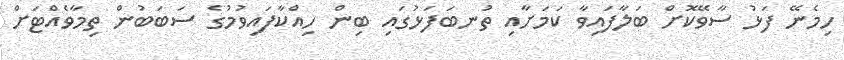
ހިމެނޭ ފަޅު ސާވޭކޮށް ބަލާފައިވާ ކަމަށާއި ތުނބަފަޅުގައި ބިން ހިއްކާފައިވުމުގެ ސަބަބުން ތިމާވެއްޓަށް